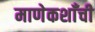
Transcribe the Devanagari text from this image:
माणेकशाँची